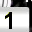
Digit: 1